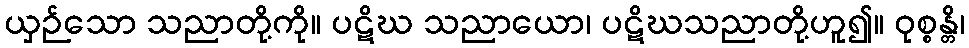
ယှဉ်သော သညာတို့ကို။ ပဋိဃ သညာယော၊ ပဋိဃသညာတို့ဟူ၍။ ဝုစ္စန္တိ၊